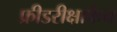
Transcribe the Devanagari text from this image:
फ्रीडरीक्षाफेन